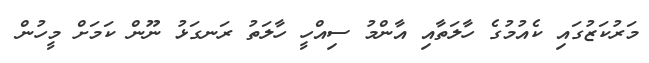
މަރުކަޒުގައި ކެއުމުގެ ހާލަތާއި އާންމު ސިއްހީ ހާލަތު ރަނގަޅު ނޫން ކަމަށް މީހުން